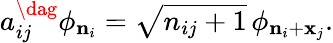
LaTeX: a_{ij}^{\dag}\phi_{{\mathbf n}_{i}}=\sqrt{n_{ij}+1}\, \phi_{{\mathbf n}_{i}+{\mathbf x}_{j}}.